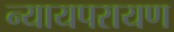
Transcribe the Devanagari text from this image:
न्यायपरायण